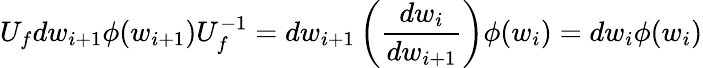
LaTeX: U_{f}dw_{i+1}\phi(w_{i+1})U_{f}^{-1}=dw_{i+1}\left(\frac{dw_{i}}{dw_{i+1}}\right)\phi(w_{i})=dw_{i}\phi(w_{i})